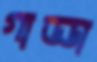
গাড্ডা